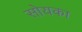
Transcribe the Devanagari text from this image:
सोयका